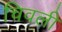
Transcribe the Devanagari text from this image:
चिवली